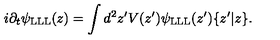
i \partial _ { t } \psi _ { \mathrm { L L L } } ( z ) = \int d ^ { 2 } z ^ { \prime } V ( z ^ { \prime } ) \psi _ { \mathrm { L L L } } ( z ^ { \prime } ) \{ z ^ { \prime } | z \} .